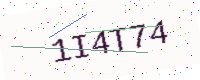
Text: 1I4T74